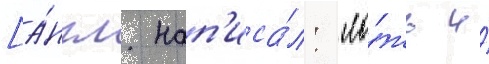
[а́нгл. нап'иса́л: "ло́жь и́